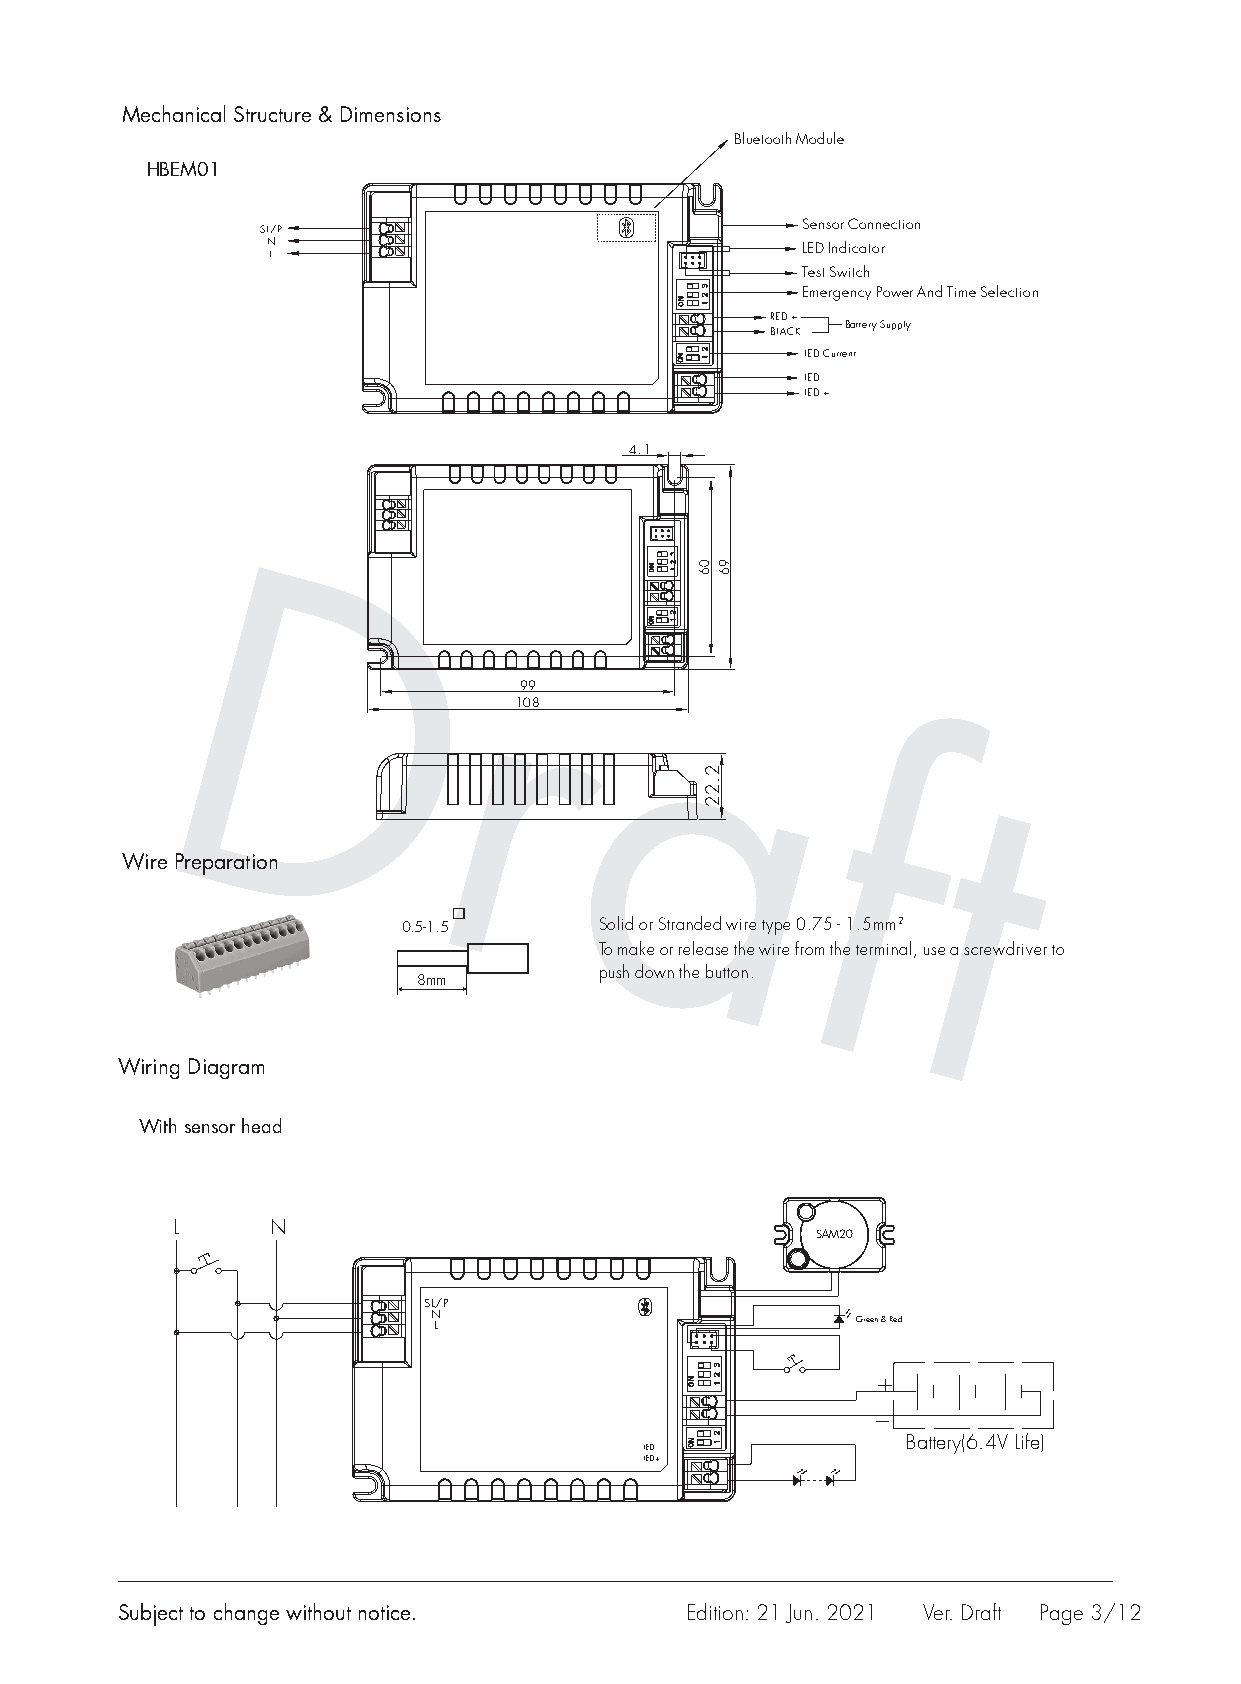
Mechanical Structure & Dimensions
 Bluetooth Module
 HBEM01
 SL/P                                Sensor Connection
 N                                  LED Indicator
 L
 Test Switch
 Emergency Power And Time Selection
 RED +
 Battery Supply
 BLACK -
 LED Current
 LED -
 LED +
 4.1
 D
 99
 r
 D                                 108
 r
 a
 f
 a
 t
 f
 t       Wire Preparation
 0.5-1.5      Solid or Stranded wire type 0.75 - 1.5mm2
 To make or release the wire from the terminal, use a screwdriver to
 push down the button.
 8mm
 Wiring Diagram
 With sensor head
 L      N
 SAM20
 SL/P
 N L                         Green & Red
 Battery(6.4V Life)
 LED -
 LED+
 Subject to change without notice.    Edition: 21 Jun. 2021 Ver. Draft Page 3/12
 06
 2.22
 96